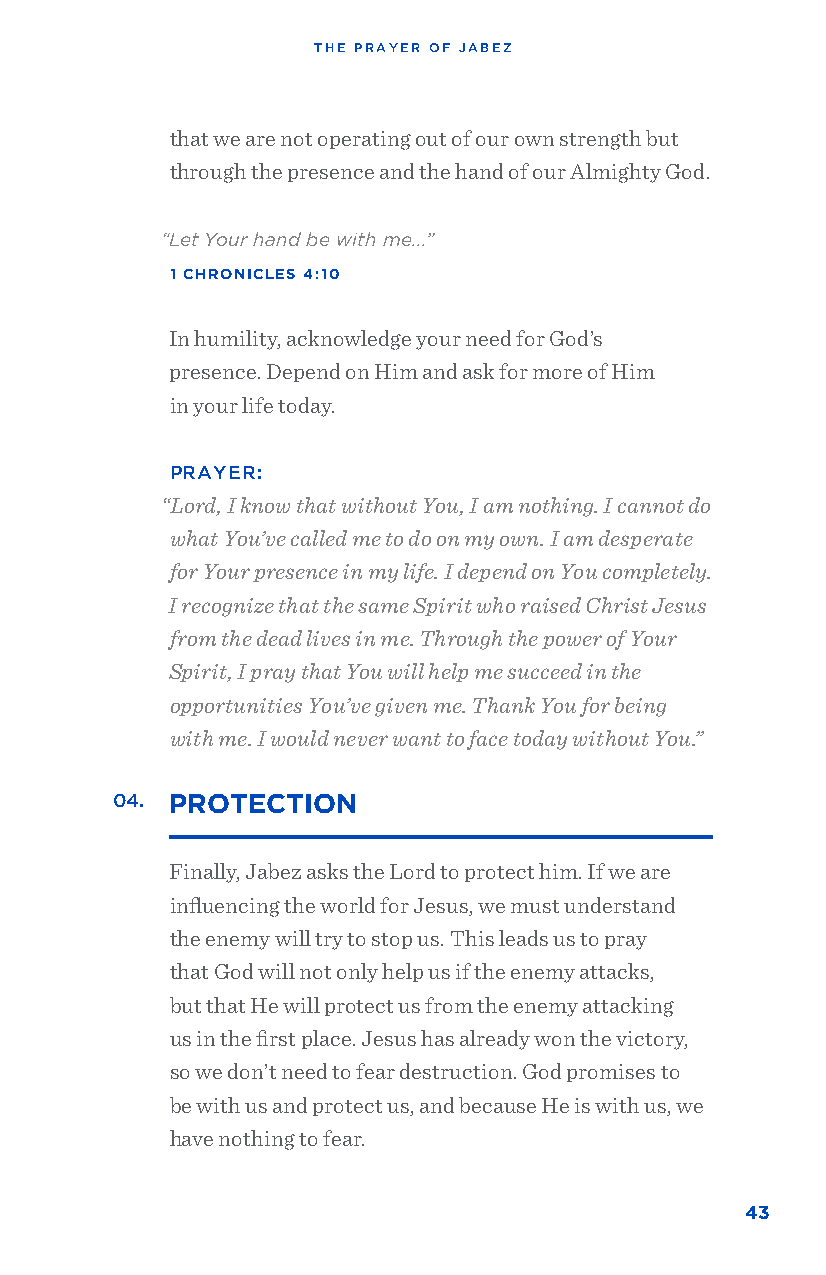
THE PRAYER OF JABEZ
 that we are not operating out of our own strength but
 through the presence and the hand of our Almighty God.
 “Let Your hand be with me...”
 1 CHRONICLES 4:10
 In humility, acknowledge your need for God’s
 presence. Depend on Him and ask for more of Him
 in your life today.
 PRAYER:
 “Lord, I know that without You, I am nothing. I cannot do
 what You’ve called me to do on my own. I am desperate
 for Your presence in my life. I depend on You completely.
 I recognize that the same Spirit who raised Christ Jesus
 from the dead lives in me. Through the power of Your
 Spirit, I pray that You will help me succeed in the
 opportunities You’ve given me. Thank You for being
 with me. I would never want to face today without You.”
 04. PROTECTION
 Finally, Jabez asks the Lord to protect him. If we are
 influencing the world for Jesus, we must understand
 the enemy will try to stop us. This leads us to pray
 that God will not only help us if the enemy attacks,
 but that He will protect us from the enemy attacking
 us in the first place. Jesus has already won the victory,
 so we don’t need to fear destruction. God promises to
 be with us and protect us, and because He is with us, we
 have nothing to fear.
 43